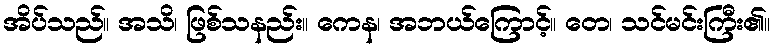
အိပ်သည်။ အသိ၊ ဖြစ်သနည်း။ ကေန၊ အဘယ်ကြောင့်။ တေ၊ သင်မင်းကြီး၏။